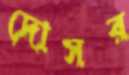
দোসর